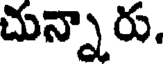
చున్నారు.